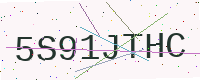
Text: 5S91JTHC